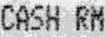
CASH RM